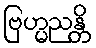
ဗြဟ္မညန္တိ